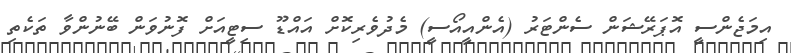
އިމަޖެންސީ އޮޕަރޭޝަން ސެންޓަރު (އެންއީއޯސީ) މެދުވެރިކޮށް އައްޑޫ ސިޓީއަށް ފޮނުވަން ބޭނުންވާ ތަކެތި